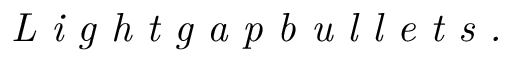
\emph { L i g h t g a p b u l l e t s . }